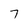
Character: 7